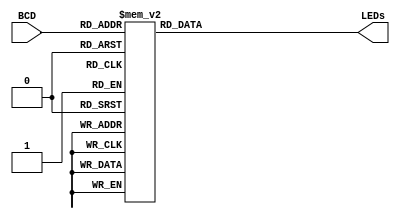
`timescale 1ns / 1ps
//////////////////////////////////////////////////////////////////////////////////
// Company: 
// Engineer: 
// 
// Design Name: 
// Module Name: decoder
// Project Name: 
// Target Devices: 
// Tool Versions: 
// Description: 
// 
// Dependencies: 
// 
// Revision:
// Revision 0.01 - File Created
// Additional Comments:
// 
//////////////////////////////////////////////////////////////////////////////////


module decoder(BCD,LEDs);
    
    input [3:0] BCD;
    output reg [1:7] LEDs;
    
    always @(BCD)
        case(BCD)
            0:LEDs=7'b1111110;
            1:LEDs=7'b0110000;
            2:LEDs=7'b1101101;
            3:LEDs=7'b1111001;
            4:LEDs=7'b0110011;
            5:LEDs=7'b1011011;
            6:LEDs=7'b1011111;
            7:LEDs=7'b1110000;
            8:LEDs=7'b1111111;
            9:LEDs=7'b1111011;
            default: LEDs=7'bxxxxxxx;
        endcase
endmodule